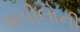
અપીલોની